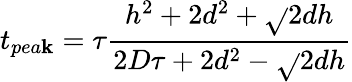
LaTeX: t_{pea\mathbf{k}}=\tau\frac{{h^{2}+2d^{2}+\sqrt{}{{2}}dh}}{{2D\tau+2d^{2}-\sqrt{}{{2}}dh}}